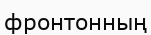
фронтонның